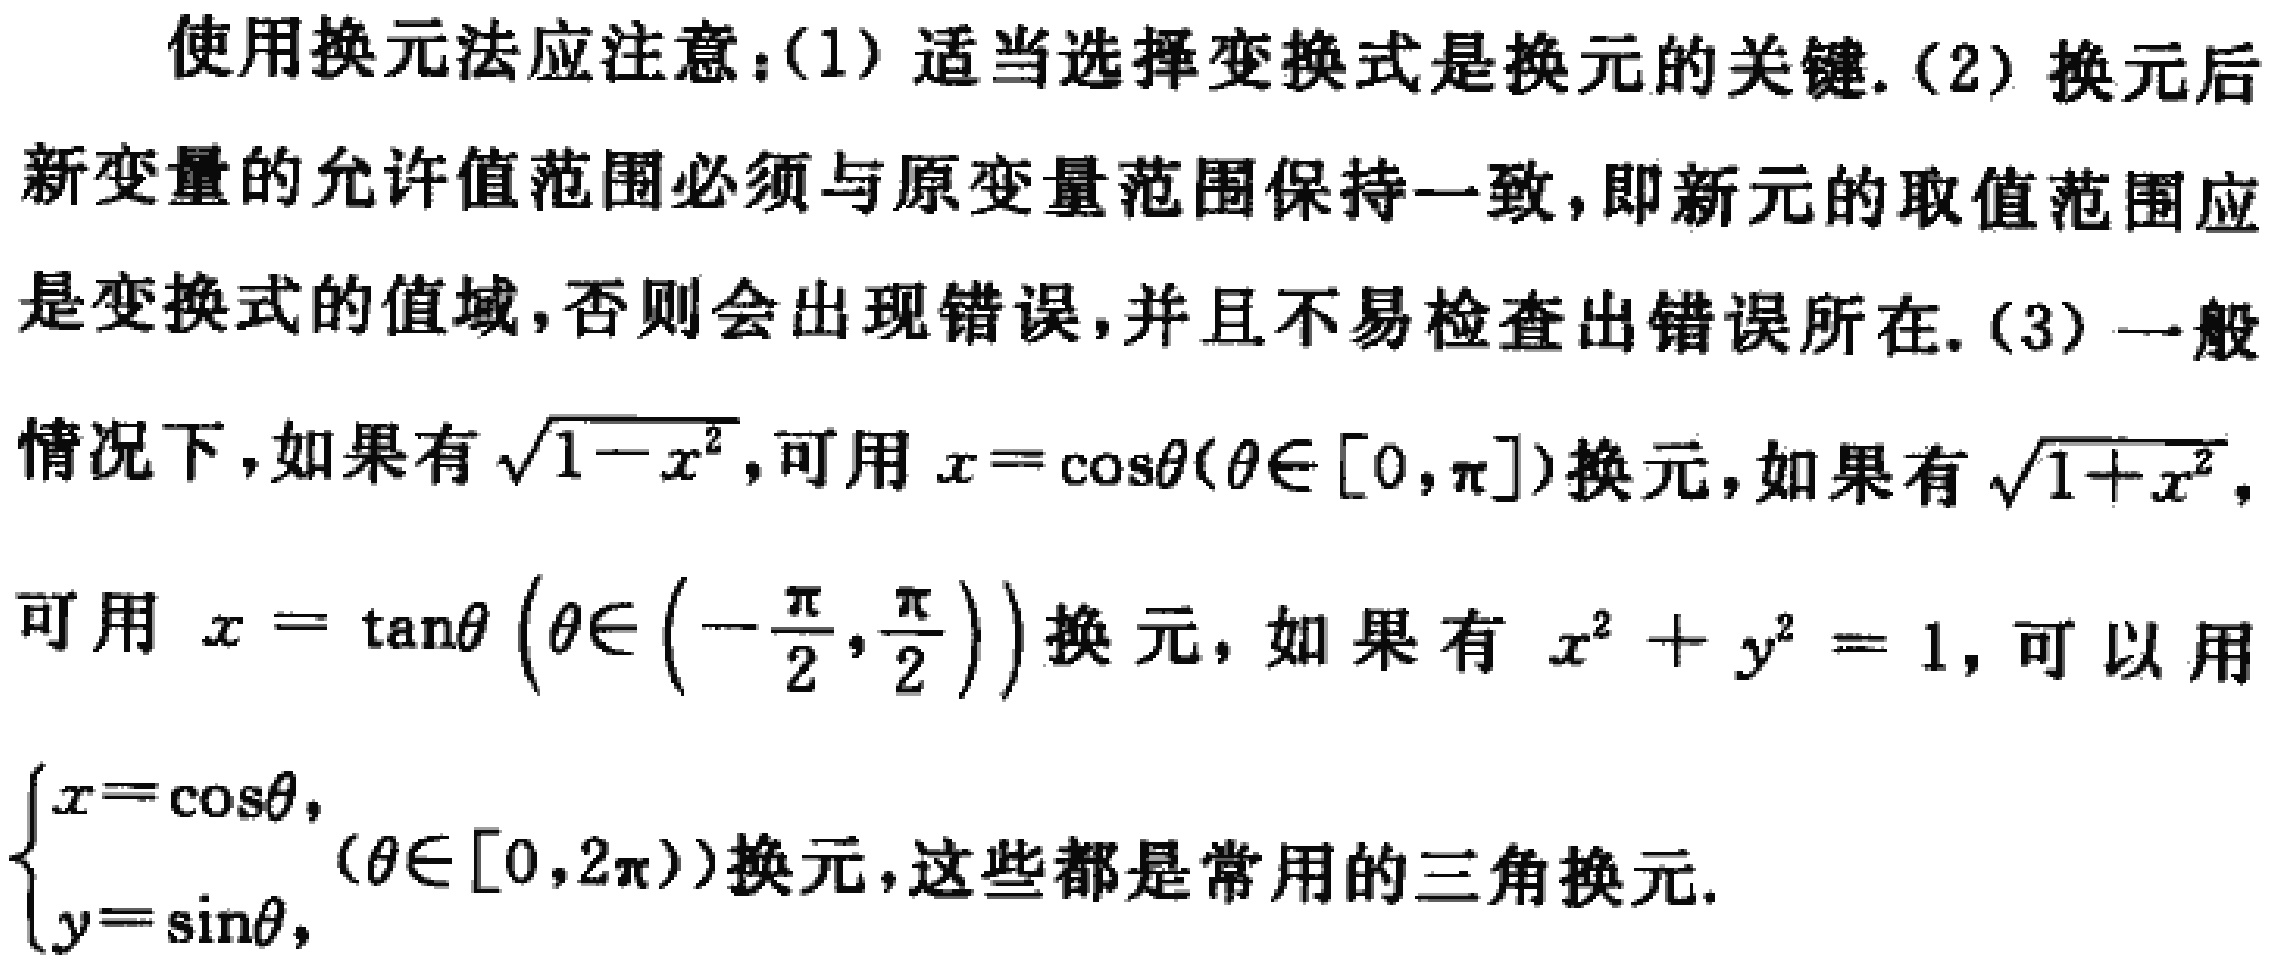
使用换元法应注意：(1) 适当选择变换式是换元的关键. (2) 换元后新变量的允许值范围必须与原变量范围保持一致，即新元的取值范围应是变换式的值域，否则会出现错误，并且不易检查出错误所在. (3) 一般情况下，如果有\(\sqrt{1 - x^{2}}\)，可用\(x = \cos\theta(\theta\in[0,\pi])\)换元，如果有\(\sqrt{1 + x^{2}}\)，可用\(x = \tan\theta\left(\theta\in\left(-\frac{\pi}{2},\frac{\pi}{2}\right)\right)\)换元，如果有\(x^{2}+y^{2}=1\)，可以用\(\begin{cases}x = \cos\theta,\\y = \sin\theta,\end{cases}(\theta\in[0,2\pi))\)换元，这些都是常用的三角换元.